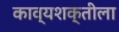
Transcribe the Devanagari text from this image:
काव्यशक्तीला